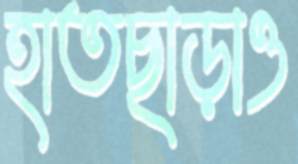
হাতছাড়াও